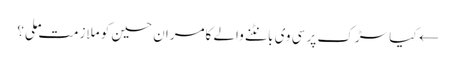
← کیا سڑک پر سی وی بانٹنے والے کامران حسین کو ملازمت ملی؟